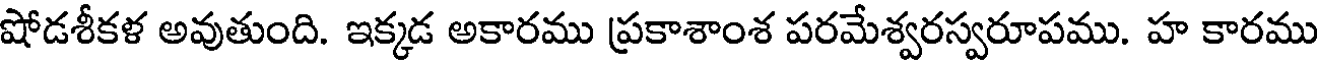
షోడశీకళ అవుతుంది. ఇక్కడ అకారము ప్రకాశాంశ పరమేశ్వరస్వరూపము. హ కారము